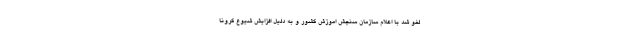
لغو شد با اعلام سازمان سنجش اموزش کشور و به دلیل افزایش شیوع کرونا